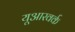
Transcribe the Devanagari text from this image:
यूआरवर्क